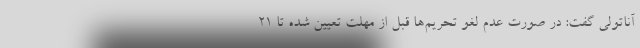
آناتولی گفت: در صورت عدم لغو تحریم‌ها قبل از مهلت تعیین شده تا ۲۱